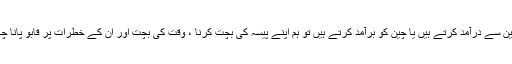
جب ہم چین سے درآمد کرتے ہیں یا چین کو برآمد کرتے ہیں تو ہم اپنے پیسہ کی بچت کرنا ، وقت کی بچت اور ان کے خطرات پر قابو پانا چاہتے ہیں۔